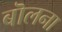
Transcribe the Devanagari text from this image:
बॊलना